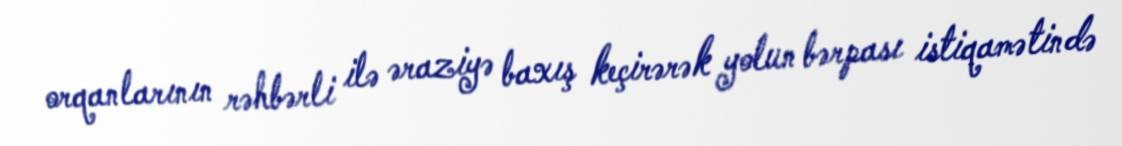
orqanlarının rəhbərli ilə əraziyə baxış keçirərək yolun bərpası istiqamətində